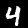
Label: 4